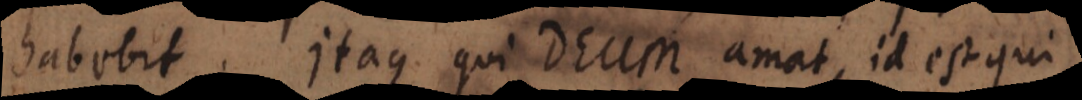
habebit. Itaque qui Deum amat, id est qui